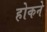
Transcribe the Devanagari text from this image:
होकने